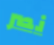
نصر